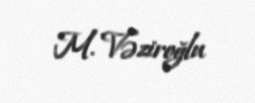
M. Vəziroğlu